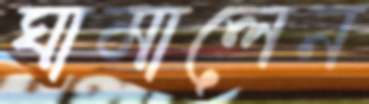
ঘামালেন